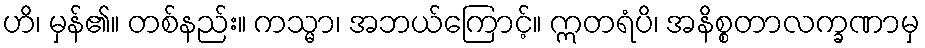
ဟိ၊ မှန်၏။ တစ်နည်း။ ကသ္မာ၊ အဘယ်ကြောင့်။ ဣတရံပိ၊ အနိစ္စတာလက္ခဏာမှ